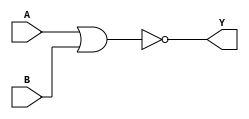
//dataflow
module nor_gate(output Y,input A,input B);
assign Y=~(A|B);
endmodule